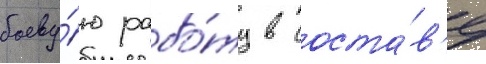
боеву́ю рабо́ту в соста́в'е